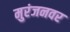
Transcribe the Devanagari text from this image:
मुरंजनवर